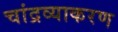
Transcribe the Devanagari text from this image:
चांद्रव्याकरण